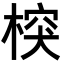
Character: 𣔻